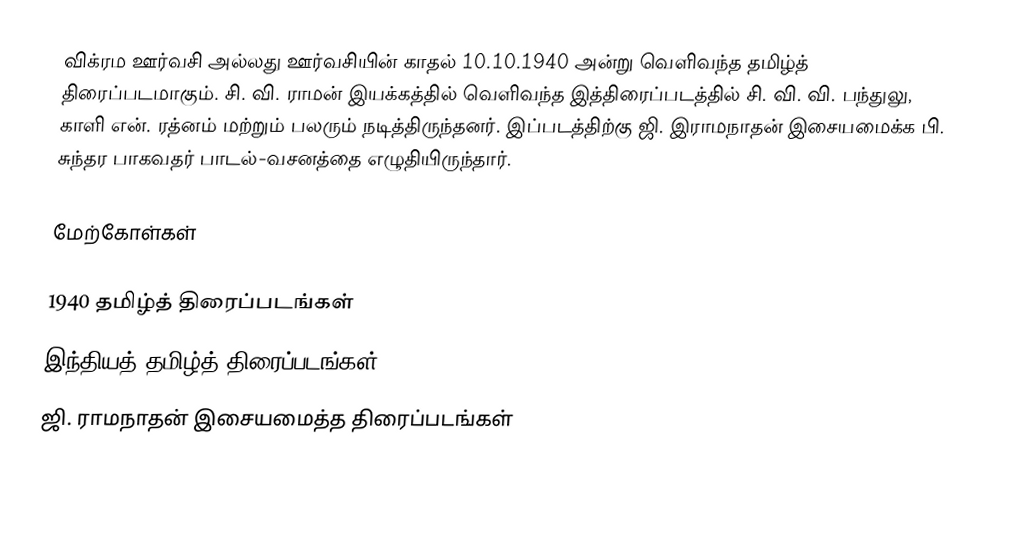
விக்ரம ஊர்வசி அல்லது ஊர்வசியின் காதல் 10.10.1940 அன்று வெளிவந்த தமிழ்த் திரைப்படமாகும். சி. வி. ராமன் இயக்கத்தில் வெளிவந்த இத்திரைப்படத்தில் சி. வி. வி. பந்துலு, காளி என். ரத்னம் மற்றும் பலரும் நடித்திருந்தனர். இப்படத்திற்கு ஜி. இராமநாதன் இசையமைக்க பி. சுந்தர பாகவதர் பாடல்-வசனத்தை எழுதியிருந்தார்.

மேற்கோள்கள்

1940 தமிழ்த் திரைப்படங்கள்
இந்தியத் தமிழ்த் திரைப்படங்கள்
ஜி. ராமநாதன் இசையமைத்த திரைப்படங்கள்